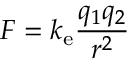
F = k _ { \mathrm { e } } { \frac { q _ { 1 } q _ { 2 } } { r ^ { 2 } } }